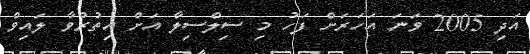
އަދި 2005 ވަނަ އަހަރަށް ފަހު މި ސިލްސިލާ އަށް އިތުރުވާ ލައިވް